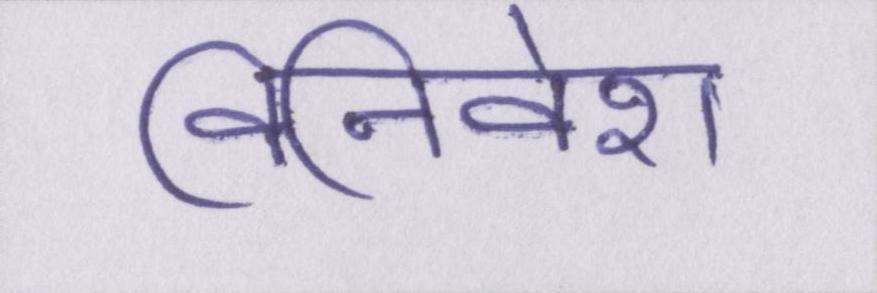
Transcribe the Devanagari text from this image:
विनिवेश